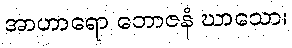
အာဟာရော ဘောဇနံ ဃာသော၊